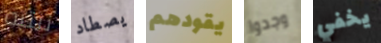
ننتبه يصطاد يقودهم وجدوا يخفي